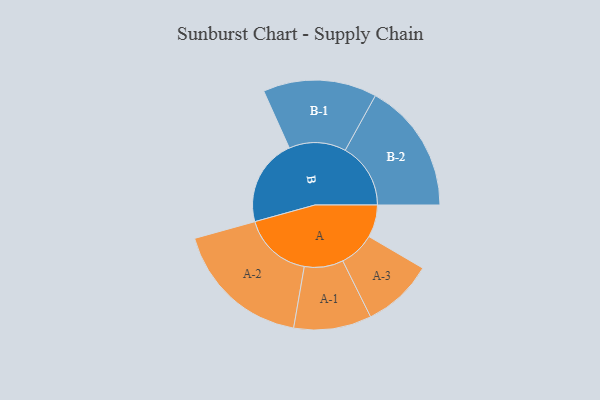
{"axis": {"x": "Segment", "y": "Value"}, "legend": ["", "A", "B"], "data": [{"x": "A", "y": 137, "type": ""}, {"x": "B", "y": 367, "type": ""}, {"x": "A-1", "y": 164, "type": "A"}, {"x": "A-2", "y": 292, "type": "A"}, {"x": "A-3", "y": 150, "type": "A"}, {"x": "B-1", "y": 240, "type": "B"}, {"x": "B-2", "y": 276, "type": "B"}]}